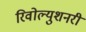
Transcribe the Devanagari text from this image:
रिवोल्युशनरी